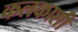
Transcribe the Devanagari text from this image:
कलकाशी